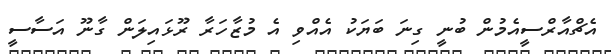
އެޗްއާރްސީއެމުން ބުނީ ގިނަ ބަޔަކު އެއްވި އެ މުޒާހަރާ ރޫޅައިލަން ގާނޫ އަސާސީ